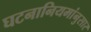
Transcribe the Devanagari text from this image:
घटनानियमांनुसार